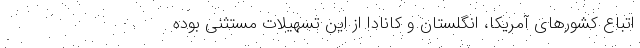
اتباع کشورهای آمریکا، انگلستان و کانادا از این تسهیلات مستثنی بوده